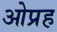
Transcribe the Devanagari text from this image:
ओप्रह